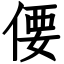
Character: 偠